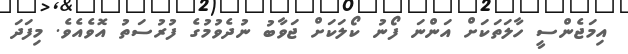
އިމަޖެންސީ ހާލަތަކަށް އަންނަ ފޯނު ކޯލަކަށް ޖަވާބު ނުދެވުމުގެ ފުރުސަތު އޮވެއެވެ. މިފަދަ